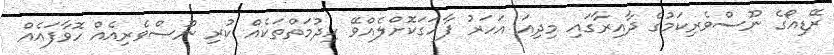
ރޭޑިއޯގެ ނޫސްވެރިކަމުގެ ދާއިރާގައި މިދިއަ އަހަރު ފާހަގަކޮށްލެއްވޭ ހިދުމަތްތަކެއް ކުރި ނޫސްވެރިއެއް ހޮވާފައެއް